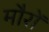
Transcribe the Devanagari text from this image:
मौरों